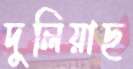
দুলিয়াছ